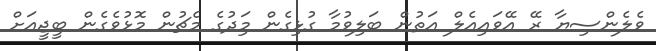
ވެލެންސިޔާ ރޭ އޭވައިއެލް އަތުން ބަލިވުމާ ގުޅިގެން މިަދުގެ މެޗުން މޮޅުވެގެން ބީޖީއަށް